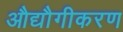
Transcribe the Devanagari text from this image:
औद्यौगीकरण